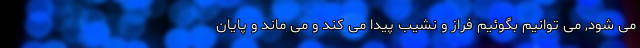
می شود, می توانیم بگوئیم فراز و نشیب پیدا می کند و می ماند و پایان